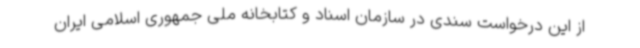
از این درخواست سندی در سازمان اسناد و کتابخانه ملی جمهوری اسلامی ایران